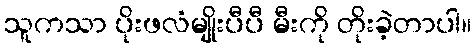
သူကသာ ပိုးဖလံမျိုးပီပီ မီးကို တိုးခဲ့တာပါ။